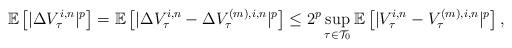
LaTeX: \begin{align*} \mathbb{E}\left[|\Delta V^{i,n}_\tau|^p\right]=\mathbb{E}\left[|\Delta V^{i,n}_\tau-\Delta V^{(m),i,n}_\tau|^p\right] \leq 2^p \sup_{\tau \in \mathcal{T}_0}\mathbb{E}\left[|V^{i,n}_\tau-V^{(m),i,n}_\tau|^p\right],\end{align*}